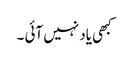
کبھی یاد نہیں آئی ۔